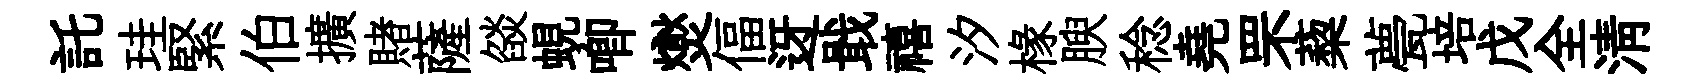
託珪緊伯擴賭薩燄蜆唧爕偪迓戢禧汐椽腴稔堯罘蔾甍培戊全清